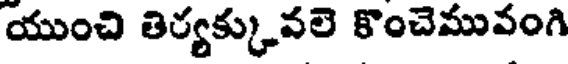
యుంచి తిర్యక్కువలె కొంచెమువంగి